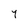
Character: Y